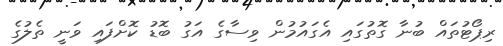
ރިޕޯޓުތައް ބުނާ ގޮތުގައި އެގައުމުން ވިސާގެ އަގު ބޮޑު ކޮށްފައި ވަނީ ތެލުގެ